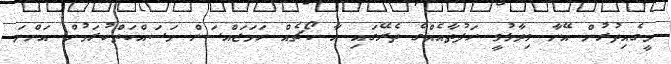
މީގެއިތުރުން އޭނާ ވިދާޅުވީ ހަފުތާއެއްގެ ތެރޭގައި އާ ކޯޗެއް ހަމަޖައްސަން މަސައްކަތްކުރަމުން އަންނަ